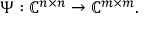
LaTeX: \Psi : \mathbb { C } ^ { n \times n } \rightarrow \mathbb { C } ^ { m \times m } .